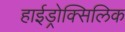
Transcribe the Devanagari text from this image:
हाईड्रोक्सिलिक